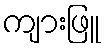
ကျားဖြူ